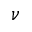
\nu